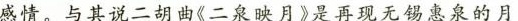
感情。与其说二胡曲《二泉映月》是再现无锡惠泉的月